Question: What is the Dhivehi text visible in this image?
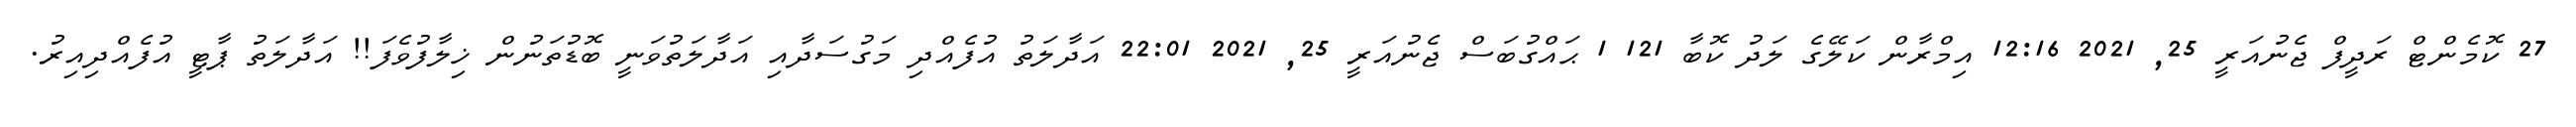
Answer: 27 ކޮމެންޓް ރަދީފް ޖެނުއަރީ 25, 2021 12:16 އިމްރާން ކަލޭގެ ލަދު ކޮބާ 121 1 ޙައްގުބަސް ޖެނުއަރީ 25, 2021 22:01 އަދާލަތު އުފެއްދި މަގުސަދާއި އަދާލަތުވަނީ ބޮޑުތަނުން ޚިލާފުވެފަ!! އަދާލަތު ޕާޓީ އުފެއްދިއިރު.